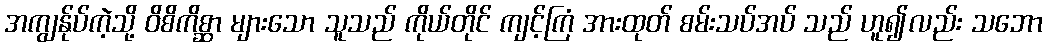
အကျွန်ုပ်ကဲ့သို့ ဝိစိကိစ္ဆာ များသော သူသည် ကိုယ်တိုင် ကျင့်ကြံ အားထုတ် စမ်းသပ်အပ် သည် ဟူ၍လည်း သဘော